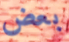
بعض